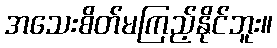
အသေးစိတ်မကြည့်နိုင်ဘူး။